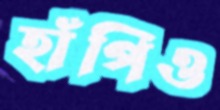
হাঁপিও